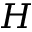
H